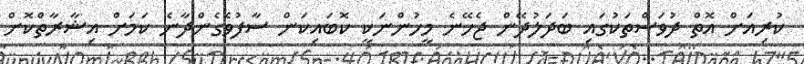
ކުރިއަށް އޮތް ދުވަސްތަކުގައި ބަދަލުދޭން ޖެހޭނެ މީހުންނަކީ ކޮބައިކަން ސާފުވެގެންދާނެ ކަމަށް އިޝާރާތްކޮށް